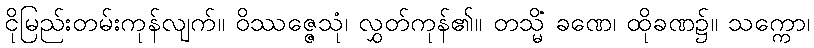
ငိုမြည်းတမ်းကုန်လျက်။ ဝိဿဇ္ဇေသုံ၊ လွှတ်ကုန်၏။ တသ္မိံ ခဏေ၊ ထိုခဏ၌။ သက္ကော၊